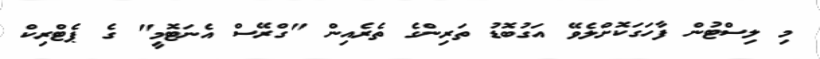
މި ލިސްޓުން ފާހަގަކޮށްލެވޭ އަގުބޮޑު ތަރިންގެ ތެރެއިން "ގްރޭސް އެނަޓޮމީ" ގެ ޕެޓްރިކް